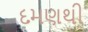
દમણથી